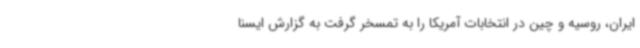
ایران، روسیه و چین در انتخابات آمریکا را به تمسخر گرفت به گزارش ایسنا